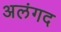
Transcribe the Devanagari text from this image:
अलंगद